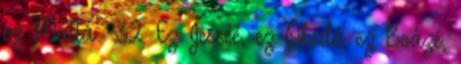
ez Mattá− 32. Ez Jesséé, ez Obedé, ez Boázé,